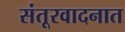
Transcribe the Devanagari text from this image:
संतूरवादनात